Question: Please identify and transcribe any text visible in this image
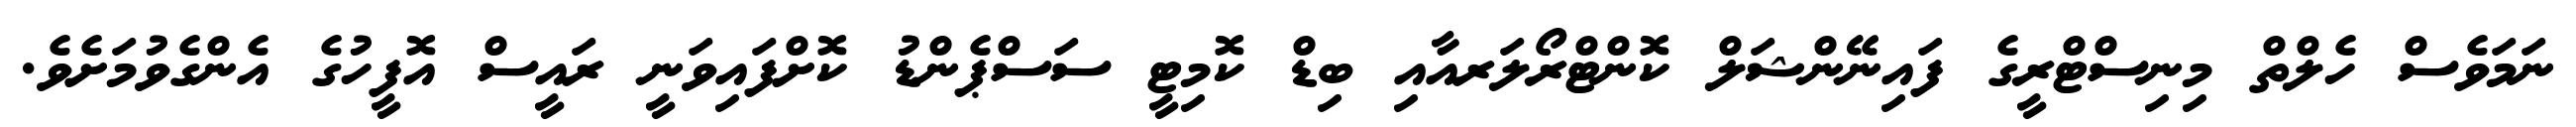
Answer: ނަމަވެސް ހެލްތް މިނިސްޓްރީގެ ފައިނޭންޝަލް ކޮންޓްރޯލަރއާއި ބިޑް ކޮމިޓީ ސަސްޕެންޑު ކޮށްފައިވަނީ ރައީސް އޮފީހުގެ އެންގެވުމަށެވެ.